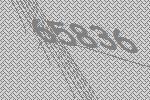
65836